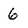
Character: 6